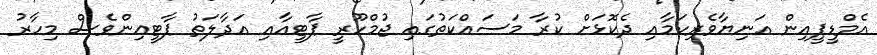
އެމްޑީޕީއިން އަނިޔާވެރިކަމާއި ދެކޮޅަށް ކުރާ މަސައްކަތުގައި ޖުމްހޫރީ ޕާޓީއާއި އަދާލަތު ޕާޓީޢިންވެސް މިހާރު